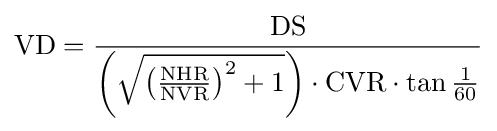
{\textrm {VD}}={\frac {\textrm {DS}}{\left({\sqrt {\left({\frac {\textrm {NHR}}{\textrm {NVR}}}\right)^{2}+1}}\right)\cdot {\textrm {CVR}}\cdot \tan {\frac {1}{60}}}}